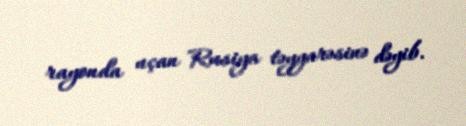
rayonda uçan Rusiya təyyarəsinə dəyib.